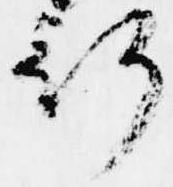
行